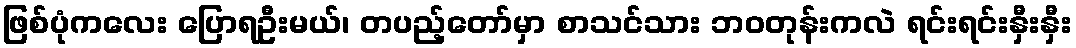
ဖြစ်ပုံကလေး ပြောရဦးမယ်၊ တပည့်တော်မှာ စာသင်သား ဘဝတုန်းကလဲ ရင်းရင်းနှီးနှီး